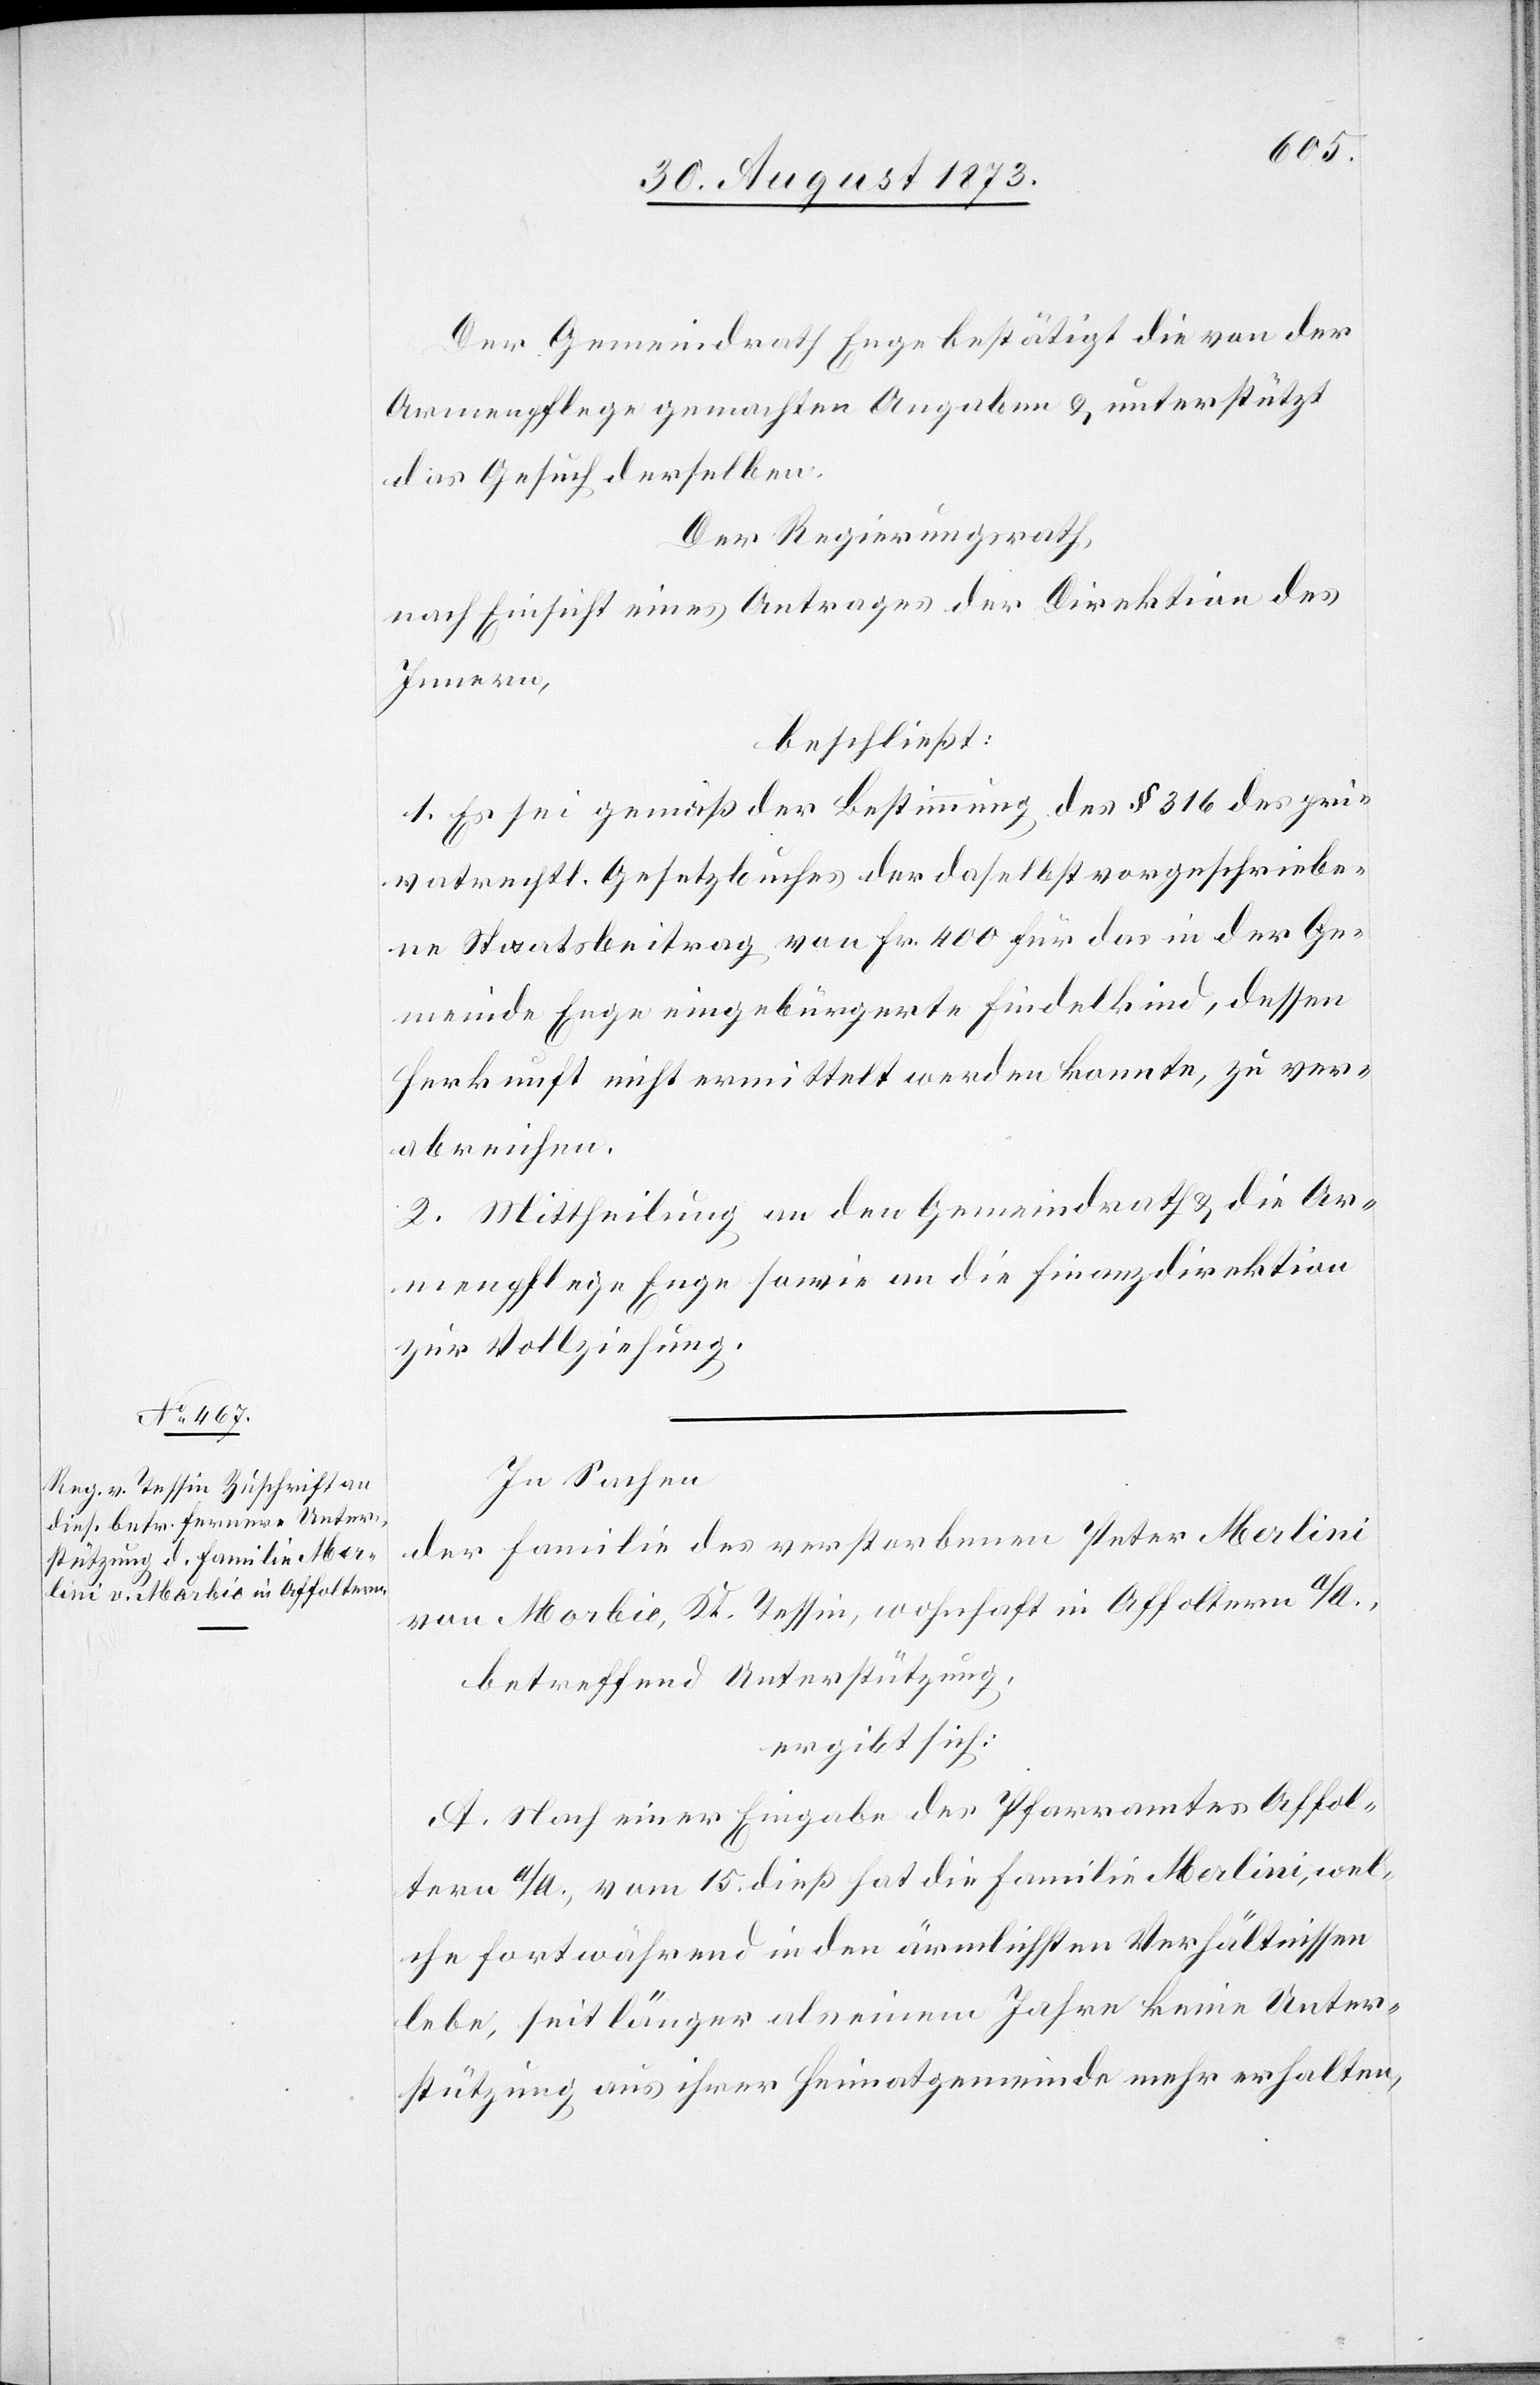
Der Gemeindrath Enge bestätigt die von der
Armenpflege gemachten Angaben & unterstützt
das Gesuch derselben.
Der Regierungsrath,
nach Einsicht eines Antrages der Direktion des
Innern,
beschließt:
1. Es sei gemäß der Bestimmung des § 316 des pri¬
vatrechtl. Gesetzbuches der daselbst vorgeschriebe¬
ne Staatsbeitrag von Fr. 400 für das in der Ge¬
meinde Enge eingebürgerte Findelkind, dessen
Herkunft nicht ermittelt werden konnte, zu ver¬
abreichen.
2. Mittheilung an den Gemeindrath & die Ar¬
menpflege Enge sowie an die Finanzdirektion
zur Vollziehung.
In Sachen
der Familie des verstorbenen Peter Merlini
von Morbio, Kt. Tessin, wohnhaft in Affoltern a/A.,
betreffend Unterstützung,
ergibt sich:
A. Nach einer Eingabe des Pfarramtes Affol¬
tern a/A., vom 15. dieß hat die Familie Merlini, wel¬
che fortwährend in den ärmlichsten Verhältnissen
lebe, seit länger als einem Jahre keine Unter¬
stützung aus ihrer Heimatgemeinde mehr erhalten,